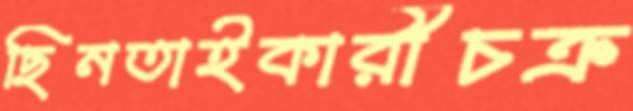
ছিনতাইকারীচক্র